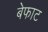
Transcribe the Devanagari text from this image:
बेफाट